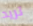
تريد